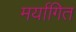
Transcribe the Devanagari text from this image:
मर्यागित